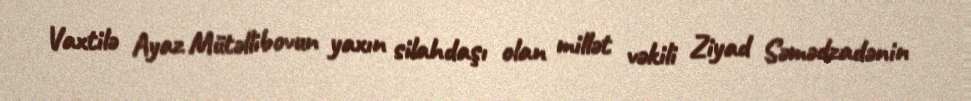
Vaxtilə Ayaz Mütəllibovun yaxın silahdaşı olan millət vəkili Ziyad Səmədzadənin